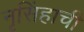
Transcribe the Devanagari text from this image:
नृसिंहाची